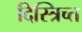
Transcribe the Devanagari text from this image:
दिस्त्रिच्त